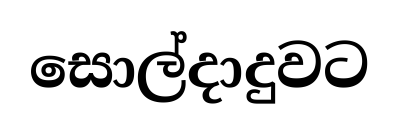
සොල්දාදුවට